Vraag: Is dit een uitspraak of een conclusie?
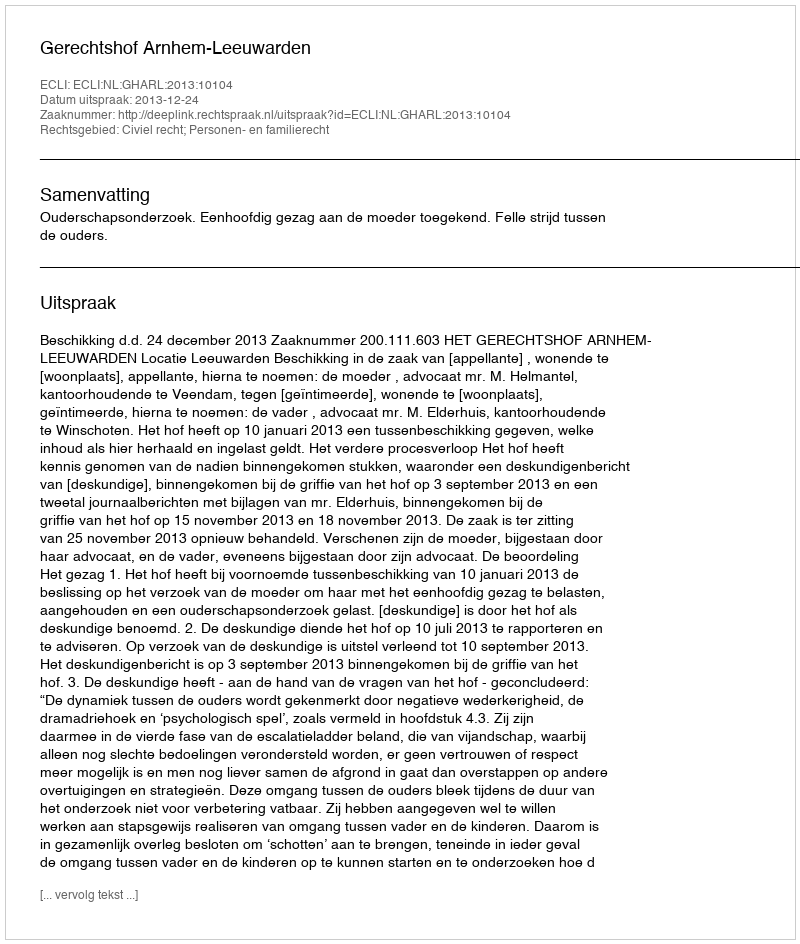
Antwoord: Uitspraak